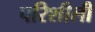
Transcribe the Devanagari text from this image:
परिशीली